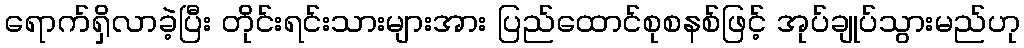
ရောက်ရှိလာခဲ့ပြီး တိုင်းရင်းသားများအား ပြည်ထောင်စုစနစ်ဖြင့် အုပ်ချုပ်သွားမည်ဟု